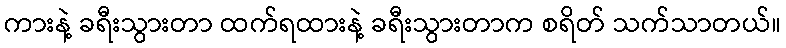
ကားနဲ့ ခရီးသွားတာ ထက်ရထားနဲ့ ခရီးသွားတာက စရိတ် သက်သာတယ်။